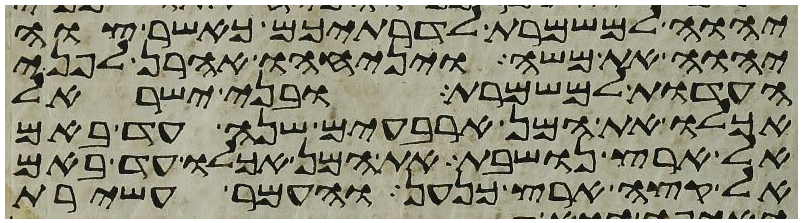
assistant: יהוה למשמרת לדרתיכם כאשר צוה
יהוה את משה ויניחהו אהרן לפני
העדות למשמרת ובני ישראל
אכלו את המן ארבעים שנה עד באם
אל ארץ נושבת את המן אכלו עד באם
אל קצה ארץ כנען והעמר עשירת